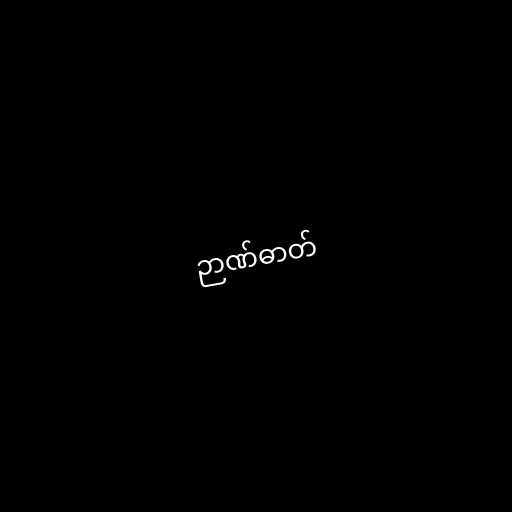
ဉာဏ်ဓာတ်